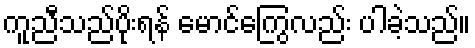
ကူညီသည်ပိုးရန် မောင်ကြွေလည်း ပါခဲ့သည်။